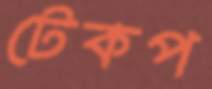
টেকপ